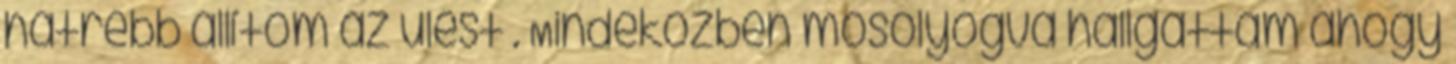
hátrébb állítom az ülést . Mindeközben mosolyogva hallgattam ahogy